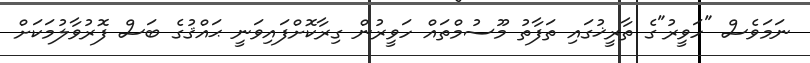
ނަމަވެސް "ހަވީރު"ގެ ތާރީޚުގައި ތަފާތު މޫސުމްތައް ހަވީރުން ގިރާކޮށްފައިވަނީ ޙައްޤުގެ ބަސް ފޮރުވާލުމަކަށް